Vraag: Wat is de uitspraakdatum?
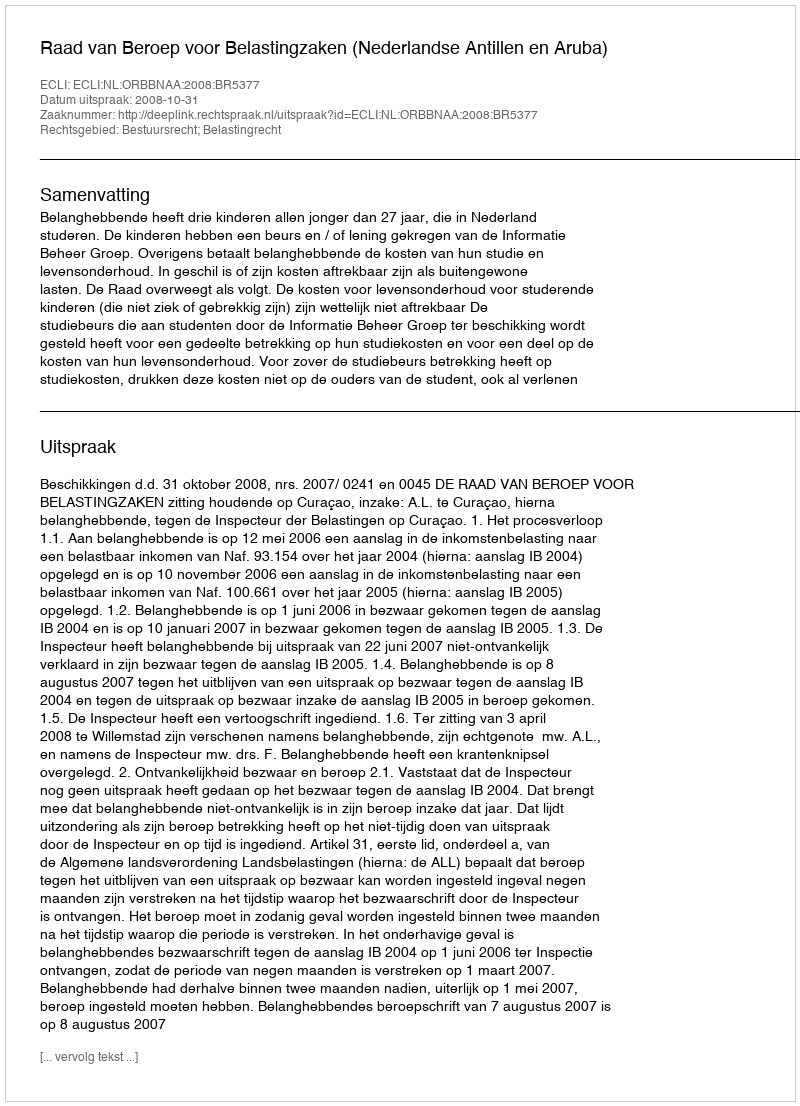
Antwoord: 2008-10-31